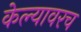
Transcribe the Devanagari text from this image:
केल्यावरच